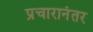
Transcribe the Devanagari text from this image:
प्रचारानंतर